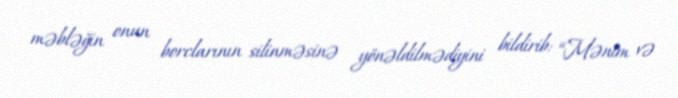
məbləğin onun borclarının silinməsinə yönəldilmədiyini bildirib: “Mənim və